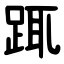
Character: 踂